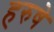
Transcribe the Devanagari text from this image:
हरुषे